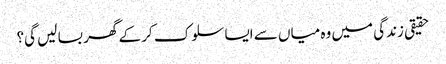
حقیقی زندگی میں وہ میاں سے ایسا سلوک کر کے گھر بسا لیں گی؟